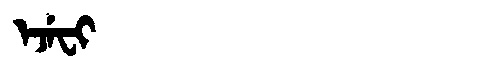
Manchu: ᡝᠵᡝᠸᡳ
Romanization: EJEFI